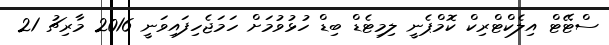
ސްޓޭޓް އިލެކްޓްރިކް ކޮމްޕެނީ ލިމިޓެޑް ބިޑް ހުޅުވުމަށް ހަމަޖެހިފައިވަނީ 2016 މާރިޗު 21